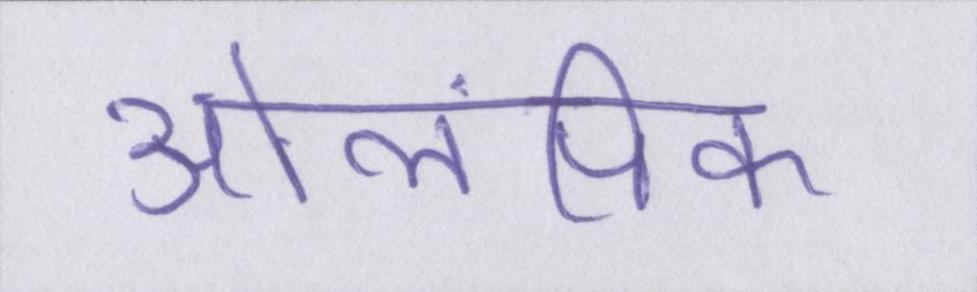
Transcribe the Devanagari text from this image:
ओलंपिक